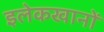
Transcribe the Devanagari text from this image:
इलेकखानों